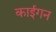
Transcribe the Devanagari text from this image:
काईगन